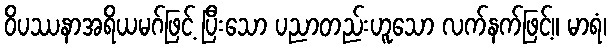
ဝိပဿနာအရိယမဂ်ဖြင့် ပြီးသော ပညာတည်းဟူသော လက်နက်ဖြင့်။ မာရံ၊